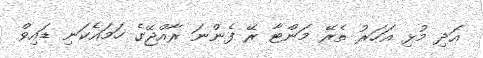
އަދި މުޅި އަހަރު ތެރޭ މަންޓާ ރޭ ފެންނަ ރާއްޖޭގެ ހަމައެކަނި ޑައިވް